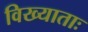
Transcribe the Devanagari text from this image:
विख्याताः